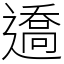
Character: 䢪